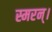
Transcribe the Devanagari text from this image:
स्मरन्‌।